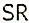
SR